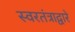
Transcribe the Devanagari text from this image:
स्वरतंत्राद्वारे